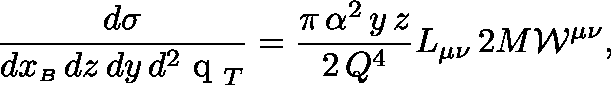
\frac { d \sigma } { d x _ { \scriptscriptstyle B } \, d z \, d y \, d ^ { 2 } \mathrm { \boldmath ~ q ~ } _ { T } } = \frac { \pi \, \alpha ^ { 2 } \, y \, z } { 2 \, Q ^ { 4 } } L _ { \mu \nu } \, 2 M { \cal W } ^ { \mu \nu } ,